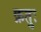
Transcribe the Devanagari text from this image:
क्रतुः